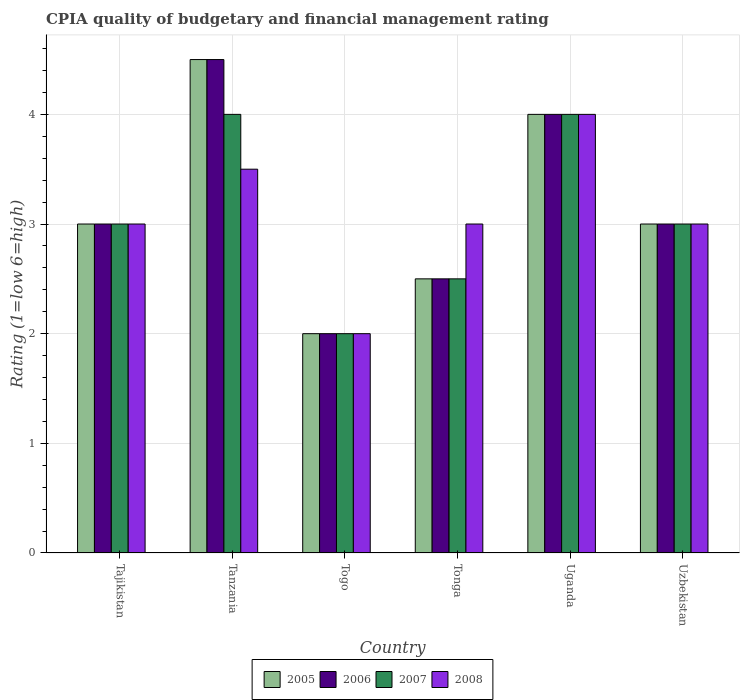
| Country | 2005 | 2006 | 2007 | 2008 |
 | --- | --- | --- | --- | --- |
 | Tajikistan | 3 | 3 | 3 | 3 |
 | Tanzania | 4.5 | 4.5 | 4 | 3.5 |
 | Togo | 2 | 2 | 2 | 2 |
 | Tonga | 2.5 | 2.5 | 2.5 | 3 |
 | Uganda | 4 | 4 | 4 | 4 |
 | Uzbekistan | 3 | 3 | 3 | 3 |